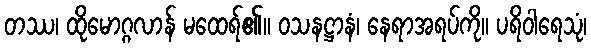
တဿ၊ ထိုမောဂ္ဂလာန် မထေရ်၏။ ဝသနဋ္ဌာနံ၊ နေရာအရပ်ကို။ ပရိဝါရေသုံ၊